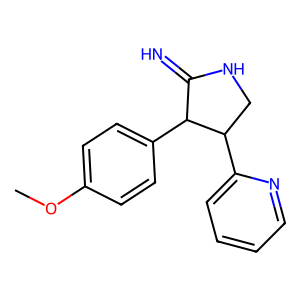
SMILES: COc1ccc(C2C(=N)NCC2c2ccccn2)cc1
Inhibits HIV replication: No